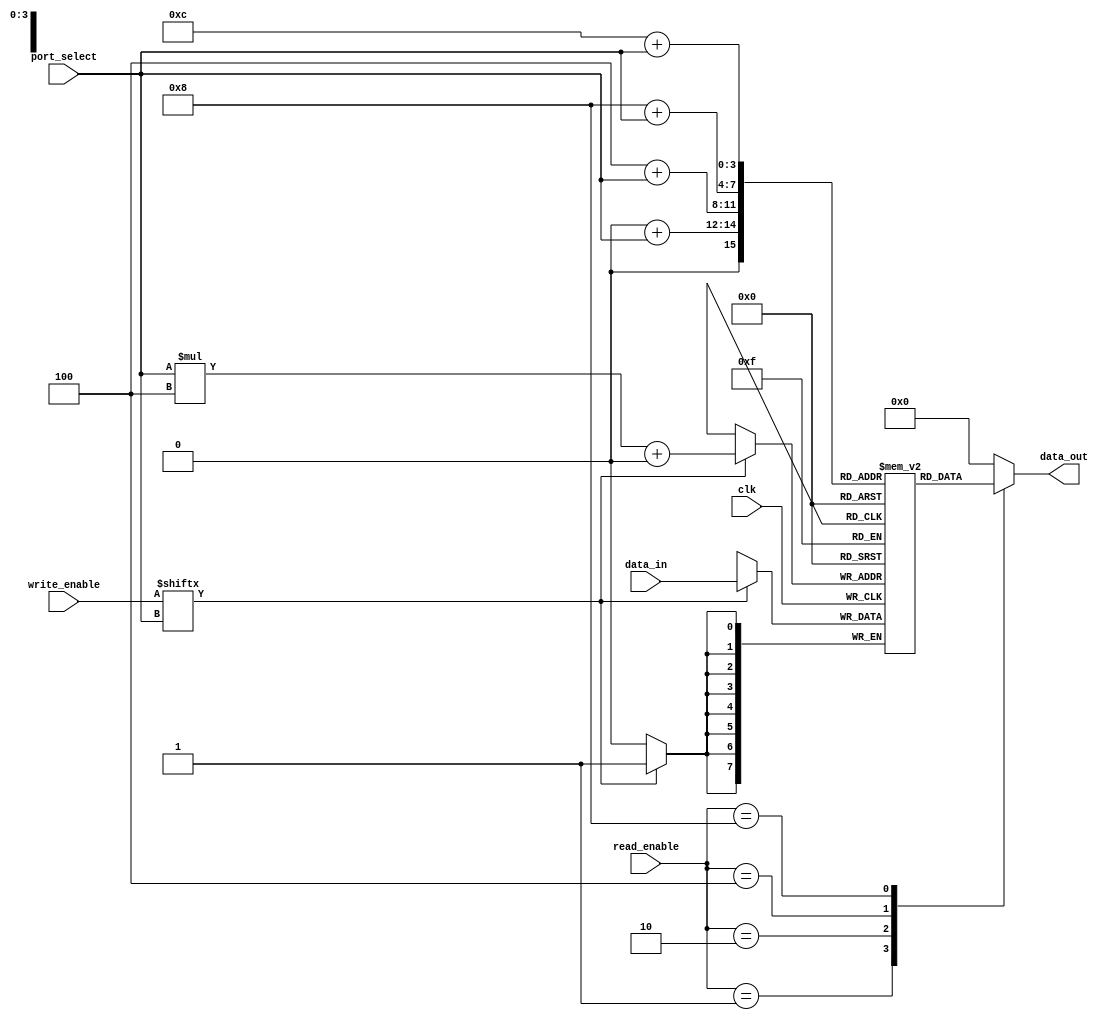
module memory_blocks_quad_port_register_file(
  input wire clk,
  input wire [1:0] port_select,
  input wire [3:0] write_enable,
  input wire [3:0] read_enable,
  input wire [7:0] data_in,
  output wire [7:0] data_out
);

reg [7:0] memory [3:0][3:0]; // 4x4 register file

always @(posedge clk) begin
  if(write_enable[port_select]) begin
    memory[port_select][0] <= data_in; // writing data to selected register
  end
end

always @(*) begin
  case(read_enable)
    4'b0001: data_out <= memory[0][port_select]; // reading data from selected register
    4'b0010: data_out <= memory[1][port_select];
    4'b0100: data_out <= memory[2][port_select];
    4'b1000: data_out <= memory[3][port_select];
    default: data_out <= 8'b0; // default value if no read enable signals are high
  endcase
end

endmodule